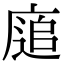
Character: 𢊅